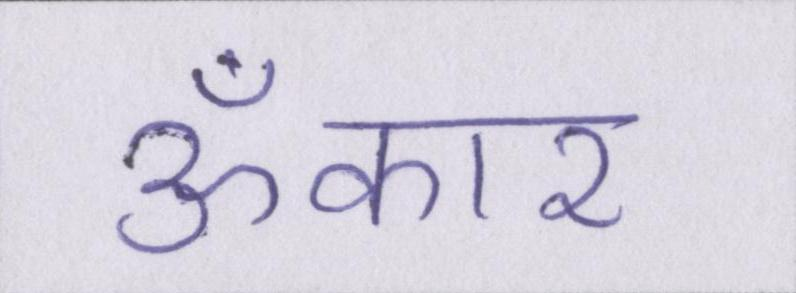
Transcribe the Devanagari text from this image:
ॐकार